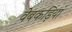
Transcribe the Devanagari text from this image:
वेबकड़ियां